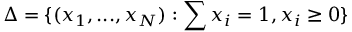
\Delta = \{ ( x _ { 1 } , . . . , x _ { N } ) : \sum x _ { i } = 1 , x _ { i } \geq 0 \}